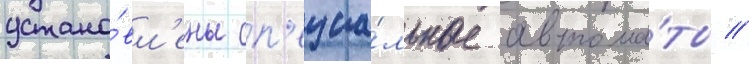
устано́вл'ены сп'ециа́льные автома́ты //